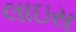
લાઇસ